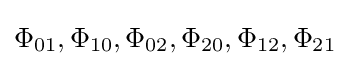
\Phi _{01},\Phi _{10},\Phi _{02},\Phi _{20},\Phi _{12},\Phi _{21}